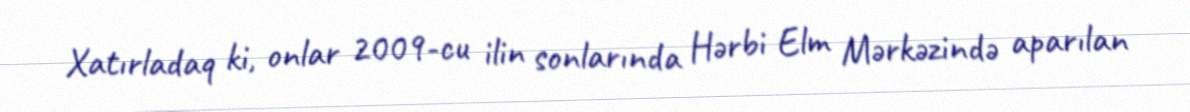
Xatırladaq ki, onlar 2009-cu ilin sonlarında Hərbi Elm Mərkəzində aparılan